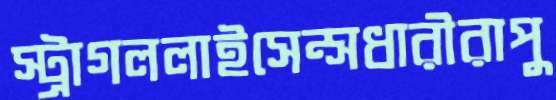
স্ট্রাগললাইসেন্সধারীরাপু